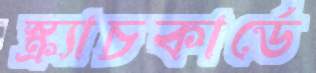
স্ক্র্যাচকার্ডে